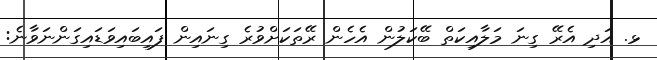
ޅ. އަދި އެރޭ ގިނަ މަލާއިކަތް ބޭކަލުން އެހެން ރޭތަކަށްވުރެ ގިނައިން ފައިބައިވަޑައިގަންނަވާނެ: